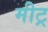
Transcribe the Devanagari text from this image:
मीट्र